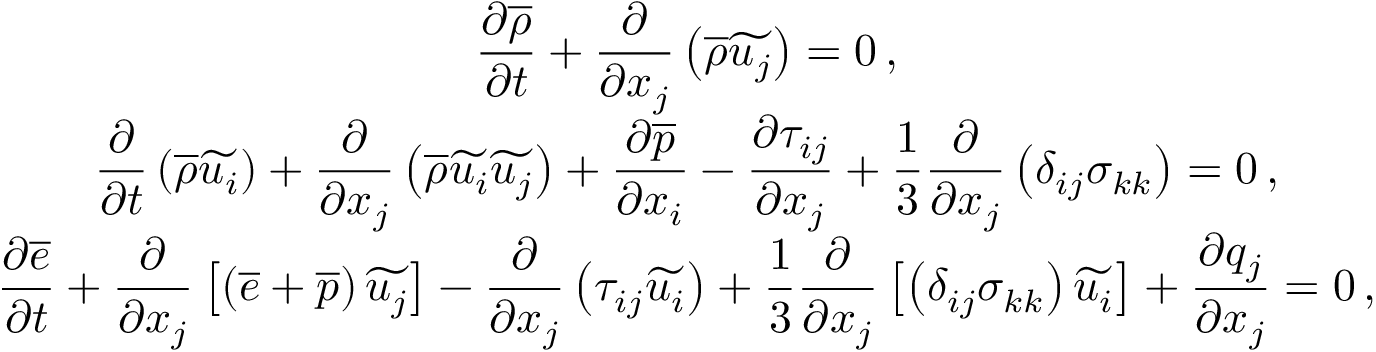
\begin{array} { c } { \displaystyle \frac { \partial \overline { { \rho } } } { \partial t } + \frac { \partial } { \partial x _ { j } } \left( \overline { { \rho } } \widetilde { u _ { j } } \right) = 0 \, \mathrm { , } } \\ { \displaystyle \frac { \partial } { \partial t } \left( \overline { { \rho } } \widetilde { u _ { i } } \right) + \frac { \partial } { \partial x _ { j } } \left( \overline { { \rho } } \widetilde { u _ { i } } \widetilde { u _ { j } } \right) + \frac { \partial \overline { { p } } } { \partial x _ { i } } - \frac { \partial { \tau } _ { i j } } { \partial x _ { j } } + \frac { 1 } { 3 } \frac { \partial } { \partial x _ { j } } \left( { \delta } _ { i j } \sigma _ { k k } \right) = 0 \, \mathrm { , } } \\ { \displaystyle \frac { \partial \overline { { e } } } { \partial t } + \frac { \partial } { \partial x _ { j } } \left[ \left( \overline { { e } } + \overline { { p } } \right) \widetilde { u _ { j } } \right] - \frac { \partial } { \partial x _ { j } } \left( { \tau } _ { i j } \widetilde { u _ { i } } \right) + \frac { 1 } { 3 } \frac { \partial } { \partial x _ { j } } \left[ \left( \delta _ { i j } { \sigma } _ { k k } \right) \widetilde { u _ { i } } \right] + \frac { \partial { q } _ { j } } { \partial x _ { j } } = 0 \, \mathrm { , } } \end{array}